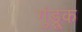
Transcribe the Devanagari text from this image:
गुंड्रूक